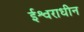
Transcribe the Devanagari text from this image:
ईश्वराधीन